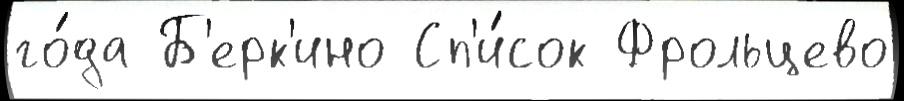
го́да Б'ерк'ино Сп'и́сок Фрольцево